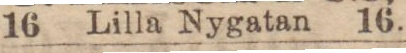
16 Lilla Nygatan 16.